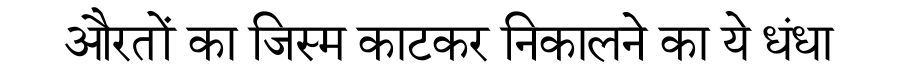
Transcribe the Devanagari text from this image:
औरतों का जिस्म काटकर निकालने का ये धंधा